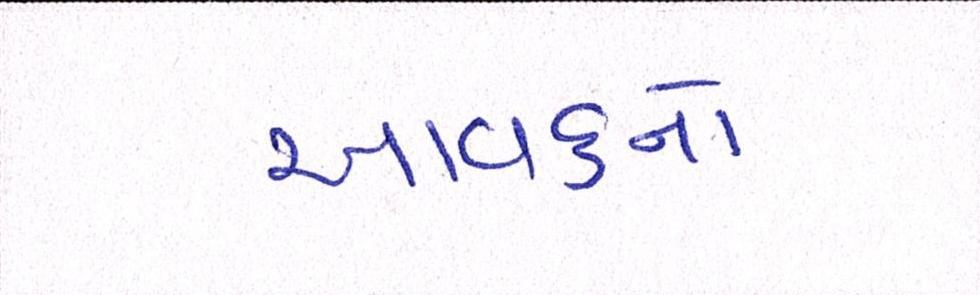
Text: આવકનો